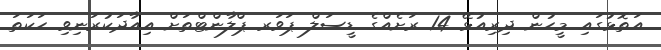
އަތޮޅުގައި މީހުން ދިރިއުޅޭ 14 ރަށެއްގެ ޑީސަލް ޕަވަރ ޕްލާންޓްތަށް އިއާދަކުރަނިވި ހަކަތަ